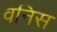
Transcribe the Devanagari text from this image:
वनिस